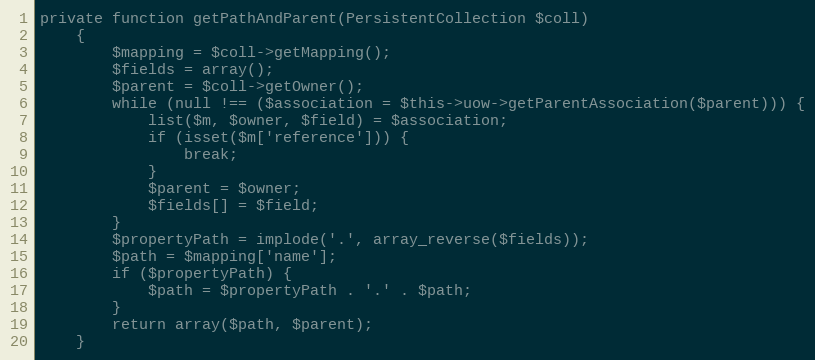
Language: PHP
private function getPathAndParent(PersistentCollection $coll)
    {
        $mapping = $coll->getMapping();
        $fields = array();
        $parent = $coll->getOwner();
        while (null !== ($association = $this->uow->getParentAssociation($parent))) {
            list($m, $owner, $field) = $association;
            if (isset($m['reference'])) {
                break;
            }
            $parent = $owner;
            $fields[] = $field;
        }
        $propertyPath = implode('.', array_reverse($fields));
        $path = $mapping['name'];
        if ($propertyPath) {
            $path = $propertyPath . '.' . $path;
        }
        return array($path, $parent);
    }